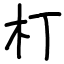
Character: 朾